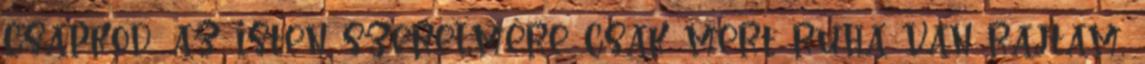
csapkod. az isten szerelmére csak mert ruha van rajtam,